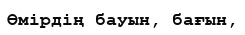
Өмірдің бауын, бағын,